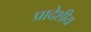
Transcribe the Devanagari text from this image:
प्रादेशीय